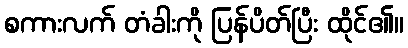
စကားလက် တံခါးကို ပြန်ပိတ်ပြီး ထိုင်၏။